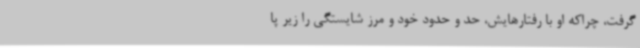
گرفت، چراکه او با رفتارهایش، حد و حدود خود و مرز شایستگی را زیر پا